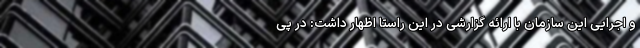
و اجرایی این سازمان با ارائه گزارشی در این راستا اظهار داشت: در پی